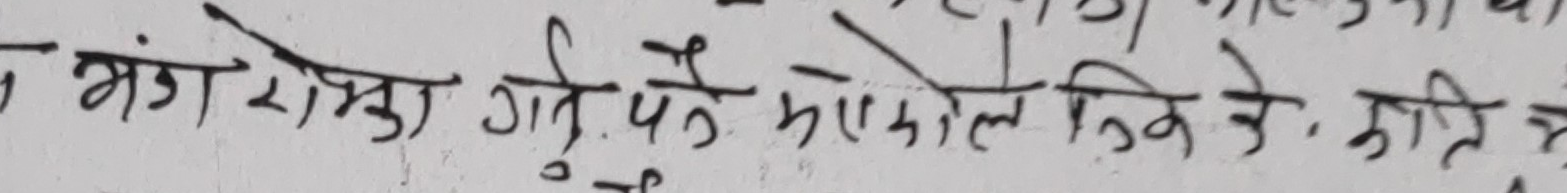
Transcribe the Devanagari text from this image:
सँग राम्रो गरौं, पके मोल निके के, कृति ने